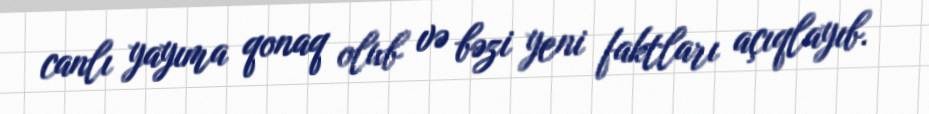
canlı yayıma qonaq olub və bəzi yeni faktları açıqlayıb.